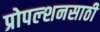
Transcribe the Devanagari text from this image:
प्रोपल्शनसाठी